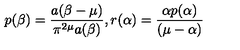
p ( \beta ) = \frac { a ( \beta - \mu ) } { \pi ^ { 2 \mu } a ( \beta ) } , r ( \alpha ) = \frac { \alpha p ( \alpha ) } { ( \mu - \alpha ) }